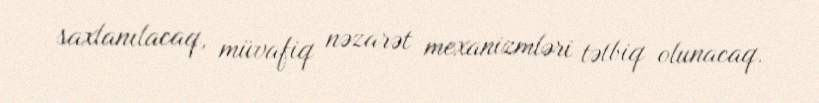
saxlanılacaq, müvafiq nəzarət mexanizmləri tətbiq olunacaq.